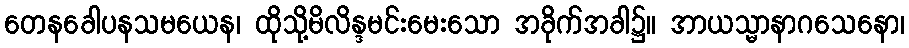
တေနခေါပနသမယေန၊ ထိုသို့မိလိန္ဒမင်းမေးသော အခိုက်အခါ၌။ အာယသ္မာနာဂသေနော၊